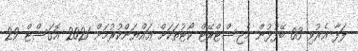
ލަފާ އެރުވި 03 ބޭފުޅުން މެޖިސްޓްރޭޓް ކޯޓުތަކަށް ޢައްޔަންކުރުމަށް 2021 އޮގަސްޓް 29